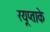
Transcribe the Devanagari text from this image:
रयूप्ताके